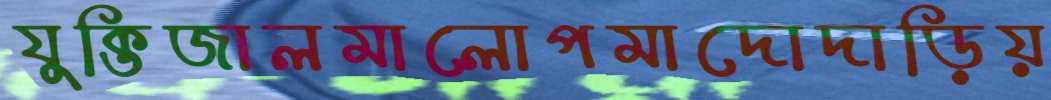
যুক্তিজালমালোপমাদোদাড়িয়